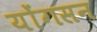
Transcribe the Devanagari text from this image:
योंगसन